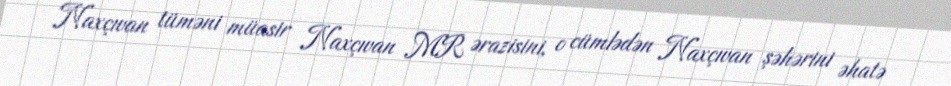
Naxçıvan tüməni müasir Naxçıvan MR ərazisini, o cümlədən Naxçıvan şəhərini əhatə